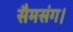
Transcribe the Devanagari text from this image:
सैमसंग।